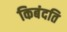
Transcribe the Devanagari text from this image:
किबंदति